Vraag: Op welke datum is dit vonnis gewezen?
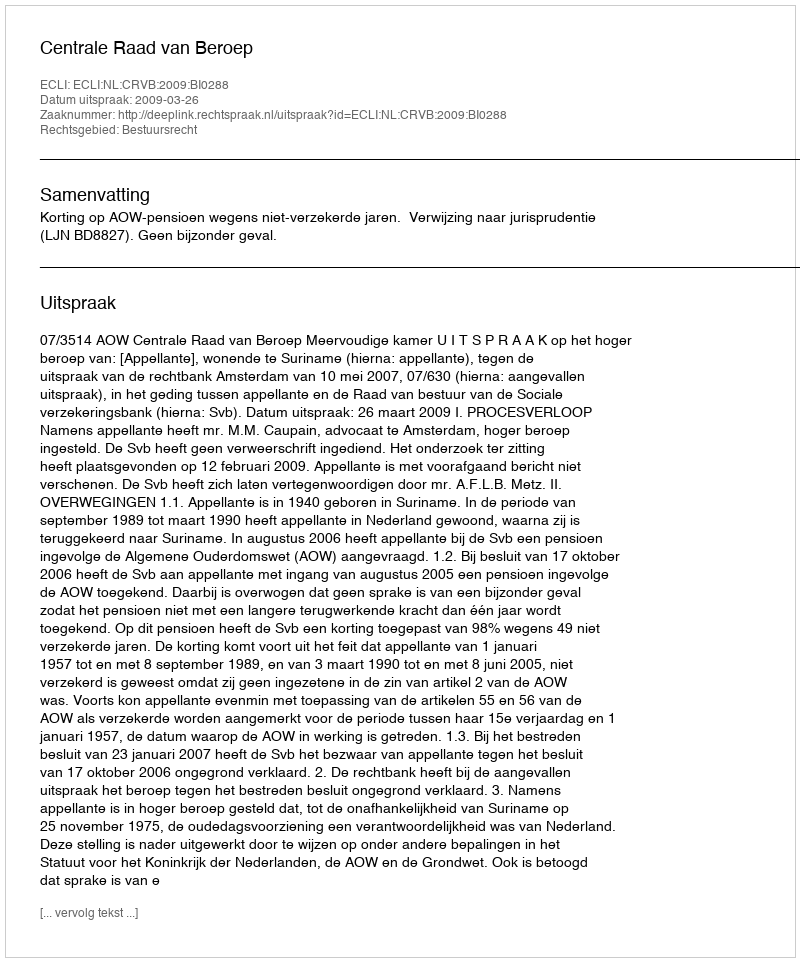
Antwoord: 2009-03-26